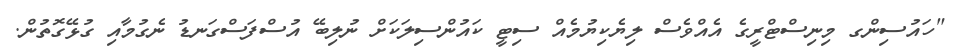
"ހައުސިންގ މިނިސްޓްރީގެ އެއްވެސް ލިޔެކިޔުމެއް ސިޓީ ކައުންސިލަކަށް ނުލިބޭ އުސްފަސްގަނޑު ނެގުމާއި ގުޅޭގޮތުން.